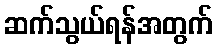
ဆက်သွယ်ရန်အတွက်